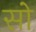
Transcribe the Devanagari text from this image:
सोे